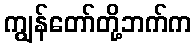
ကျွန်တော်တို့ဘက်က